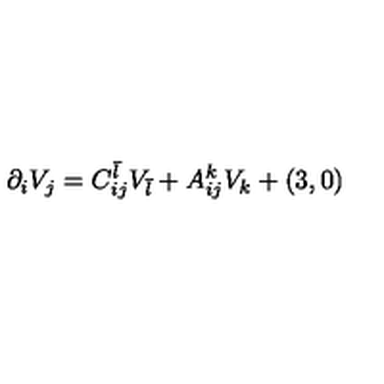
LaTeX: \partial _ { i } V _ { j } = C _ { i j } ^ { \bar { l } } V _ { \bar { l } } + A _ { i j } ^ { k } V _ { k } + ( 3 , 0 )